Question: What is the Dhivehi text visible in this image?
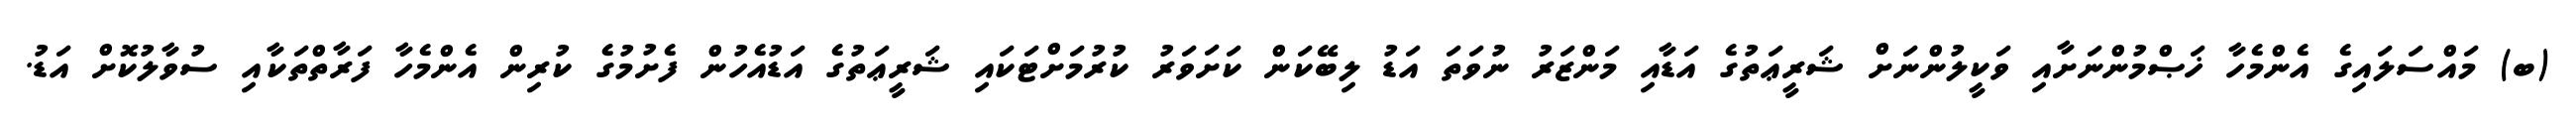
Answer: (ބ) މައްސަލައިގެ އެންމެހާ ޚަޞްމުންނަށާއި ވަކީލުންނަށް ޝަރީޢަތުގެ އަޑާއި މަންޒަރު ނުވަތަ އަޑު ލިބޭކަން ކަށަވަރު ކުރުމަށްޓަކައި ޝަރީޢަތުގެ އަޑުއެހުން ފެށުމުގެ ކުރިން އެންމެހާ ފަރާތްތަކާއި ސުވާލުކޮށް އަޑު.